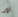
اود